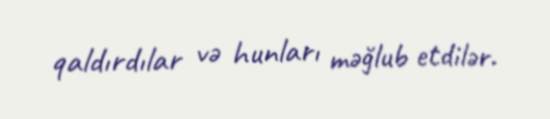
qaldırdılar və hunları məğlub etdilər.